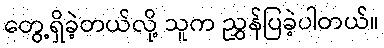
တွေ့ရှိခဲ့တယ်လို့ သူက ညွှန်ပြခဲ့ပါတယ်။